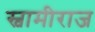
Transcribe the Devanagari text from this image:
स्वामीराज